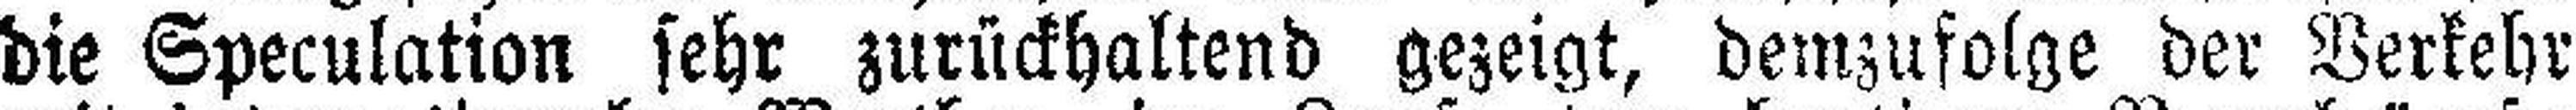
die Speculation sehr zurückhaltend gezeigt, demzufolge der Verkehr